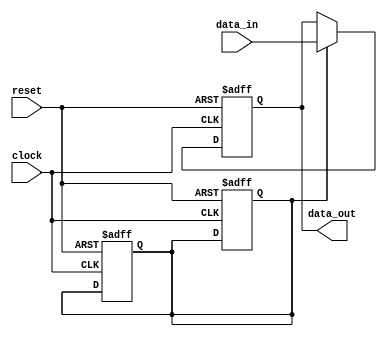
module simple_bypass_register (
    input wire clock,
    input wire reset,
    input wire data_in,
    output reg data_out
);

reg bypass_enable;

always @(posedge clock or posedge reset) begin
    if (reset) begin
        data_out <= 1'b0;
        bypass_enable <= 1'b0;
    end else if (bypass_enable) begin
        data_out <= data_in;
    end
end

always @(posedge clock or posedge reset) begin
    if (reset) begin
        bypass_enable <= 1'b0;
    end else begin
        // Insert timing control logic here
        // to control the bypass operation
    end
end

endmodule